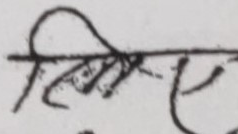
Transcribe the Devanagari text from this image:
क्षिस